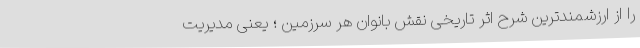
را از ارزشمندترین شرح اثر تاریخی نقش بانوان هر سرزمین ؛ یعنی مدیریت